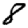
Digit: 8